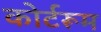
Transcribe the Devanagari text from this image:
कोर्टरूम